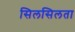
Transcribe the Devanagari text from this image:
सिलसिलता